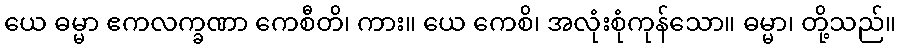
ယေ ဓမ္မာ ဧကလက္ခဏာ ကေစီတိ၊ ကား။ ယေ ကေစိ၊ အလုံးစုံကုန်သော။ ဓမ္မာ၊ တို့သည်။